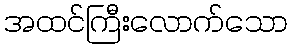
အထင်ကြီးလောက်သော